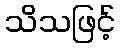
သိသဖြင့်